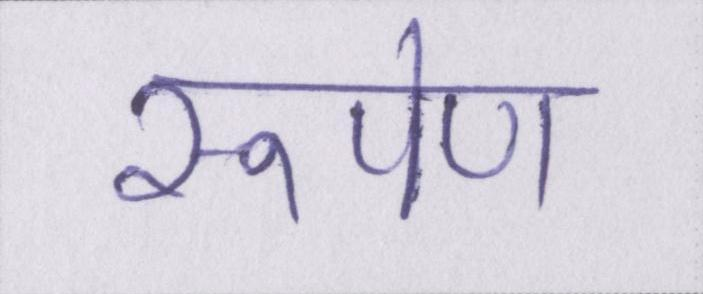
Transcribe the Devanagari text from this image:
रूपेण